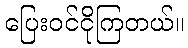
ပြေးဝင်ငိုကြတယ်။